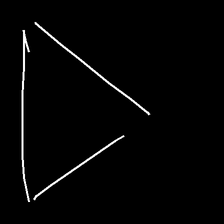
Glyph: convergence